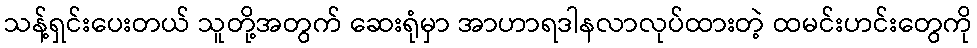
သန့်ရှင်းပေးတယ် သူတို့အတွက် ဆေးရုံမှာ အာဟာရဒါနလာလုပ်ထားတဲ့ ထမင်းဟင်းတွေကို